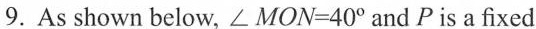
9.As shown below, \angle MON=40^{\circ} and P is a fixed